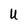
Character: U